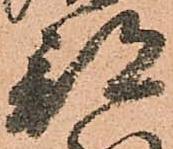
部